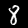
Digit: 8